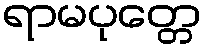
ရာမပုတ္တေ